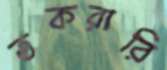
তকরারি